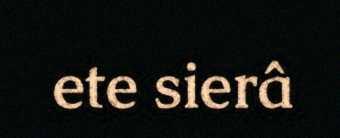
ete sierâ